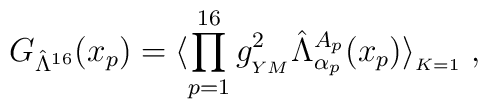
G_{\hat \Lambda^{16}}(x_p) = 	\langle \prod_{p=1}^{16} g_{_{YM}}^2 \hat \Lambda^{A_{p}}_{\alpha_{p}}(x_{p})  	\rangle_{_{K=1}} \; ,